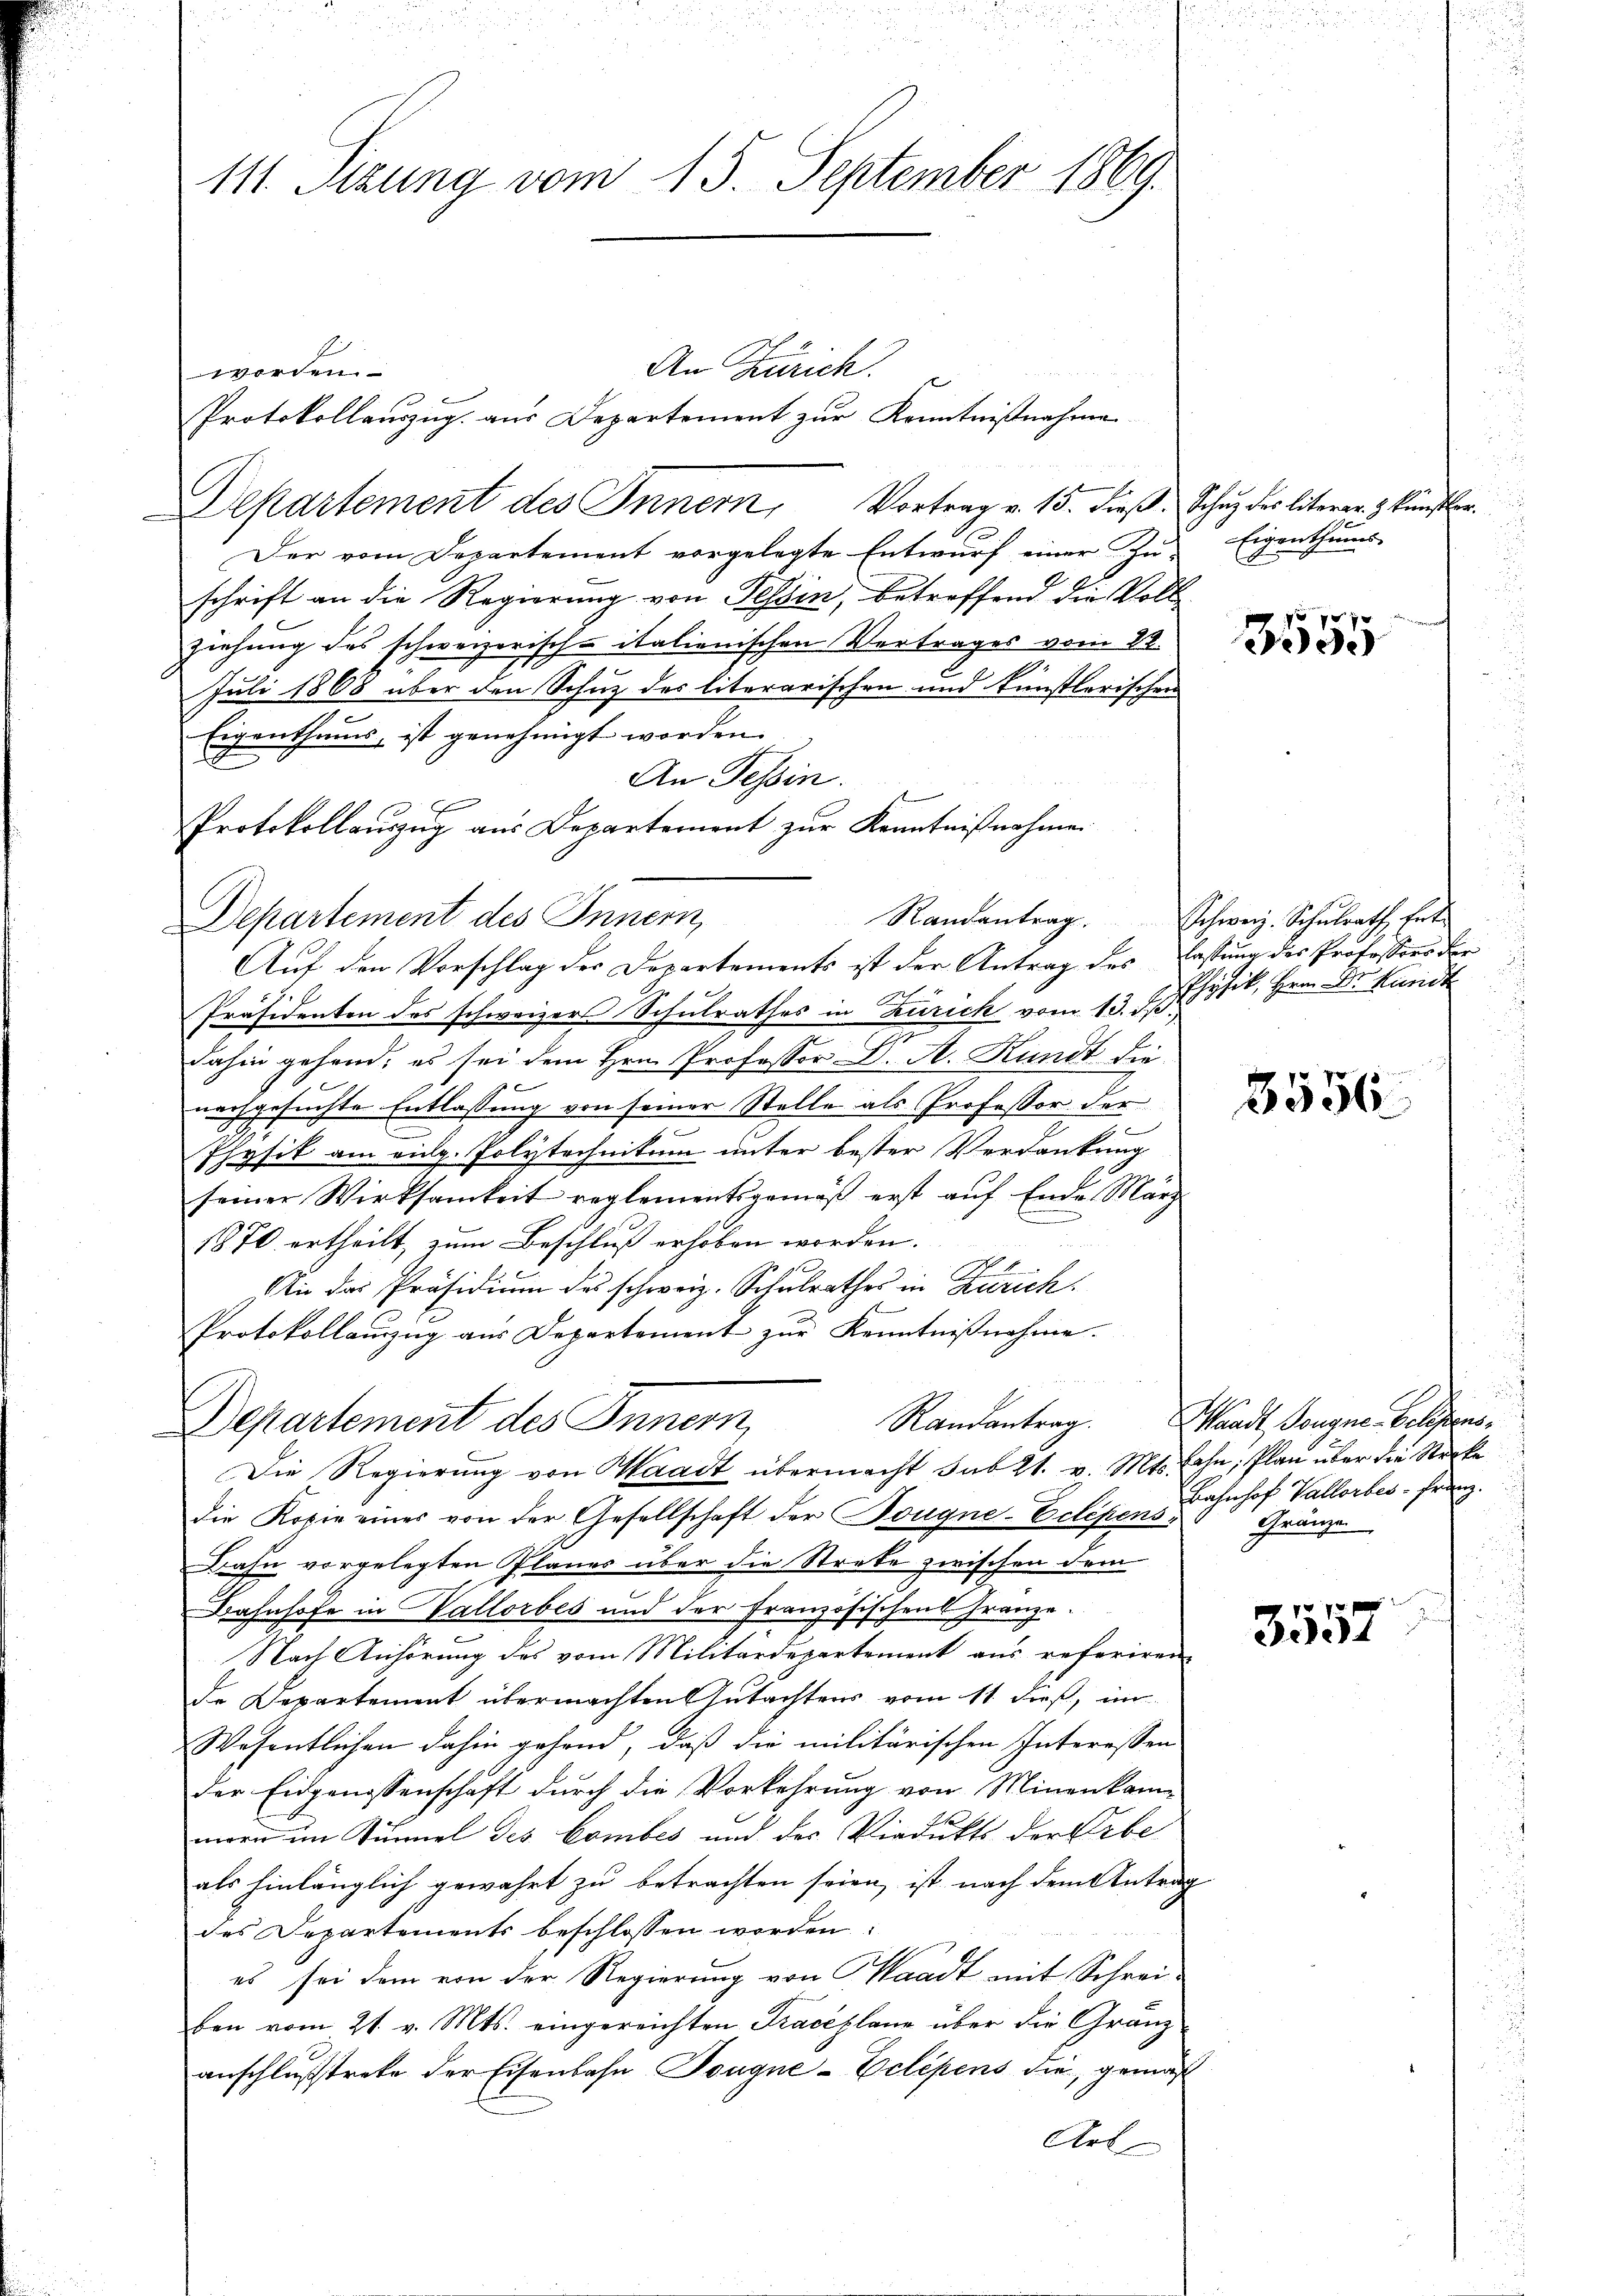
111. Sitzung vom 15. September 1869.

An Zürich.
worden
Protokollauszug aus Departement zur Kenntnißnahme
Departement des Innern, Vortrag v. 15. dieß. Schaz des literer & Künstler.
Der vom Departement vorgelegte Entwurf einer Zu-
schrift an die Regierung von Tessin, betreffend die Vollziehung des schweizerisch-italienischen Vertrages vom 22.
Juli 1868 über den Schuz des literarischen und künstlerischen
Eigenthums, ist genehmigt worden.
An Tessin.
Protokollauszug aus Departement zur Kenntnißnahme
Departement des Innern,
Auf den Vorschlag des Departements ist der Antrag des Castung des Professors der
Präsidenten des schweizers Schulrathes in Zurick vom 13. ds.
dahin gehend, es sei dem Hrn. Professor D. A. Kundt die
nachgesuchte Entlassung von seiner Stelle als Professor der
s
Physik am eidg. Polytechnikum unter bester Verdankung
seiner Wirksamkeit reglementsgemäβ erst aŭf Ende März
1870 ertheilt, zum Beschluß erhoben worden.
Die das Präsidium des schweiz. Schulrathes in Zürich
Protokollauszug aus Departement zur Kenntnißnahme.
Departement des Innern,
Die Regierung von Waadt übermacht sub 21. v. Mts. Lohn; Plan über die Stecke
Die Kopie eines von der Gesellschaft der Bougne-Eclipens¬
Bahn vorgelegten Planes über die Strebe zwischen dem
Bahnhofe in Vallorbes und der Französischens Franze.
Nach Anhörung des vom Militärdepartement aus referiren
de Departement übermachten Gutachtens vom 11. dieß, im
Wesentlichen dahin gehend, daß die militärischen Interessen
der Eidgenossenschaft durch die Vorkehrung von Minenkam-
morie im Tunnel des Combes und der Viadukts der Erbe
als hinlänglich gewahrt zu betrachten seien, ist nach dem Antrag
des Departements beschlossen worden.
es sei dem von der Regierung von Waadt mit Schreiben vom 21. v. Mts. eingereichten Traceplane über die Granz
anschlußstrete der Eisenbahn Tougne-Eclépens die gemäß
Art

Randantrag. Schweiz. Schulrath Ent-

Eigenthums

f 8 x
e

Physik, Herrn Dr. Kurid

8556

Randantrag. Waadt Bougne. Celesens
Bahnhof Vallorbes - Franz.
Gränzen

3557